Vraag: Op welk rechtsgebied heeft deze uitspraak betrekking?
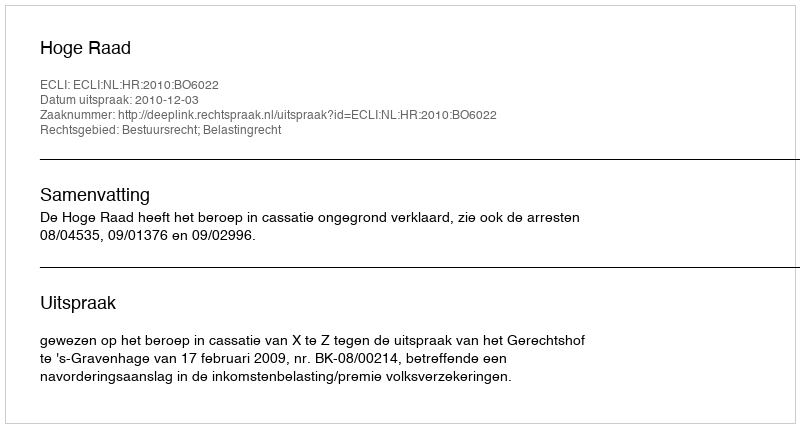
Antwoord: Bestuursrecht; Belastingrecht